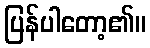
ပြန်ပါတော့၏။